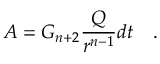
A = G _ { n + 2 } \frac { Q } { r ^ { n - 1 } } d t \quad .